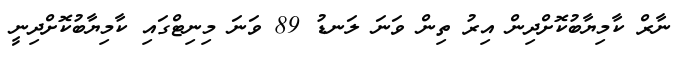
ނާރް ކާމިޔާބުކޮށްދިން އިރު ތިން ވަނަ ލަނޑު 89 ވަނަ މިނިޓްގައި ކާމިޔާބުކޮށްދިނީ